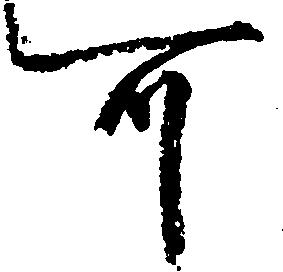
可